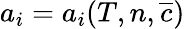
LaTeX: a_{i}=a_{i}(T,n,\overline{{c}})